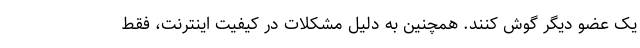
یک عضو دیگر گوش کنند. همچنین به دلیل مشکلات در کیفیت اینترنت، فقط